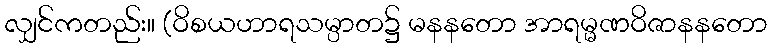
လျှင်ကတည်း။ (ဝိစယဟာရသမ္ပာတ၌ မနနတော အာရမ္မဏဝိဇာနနတော